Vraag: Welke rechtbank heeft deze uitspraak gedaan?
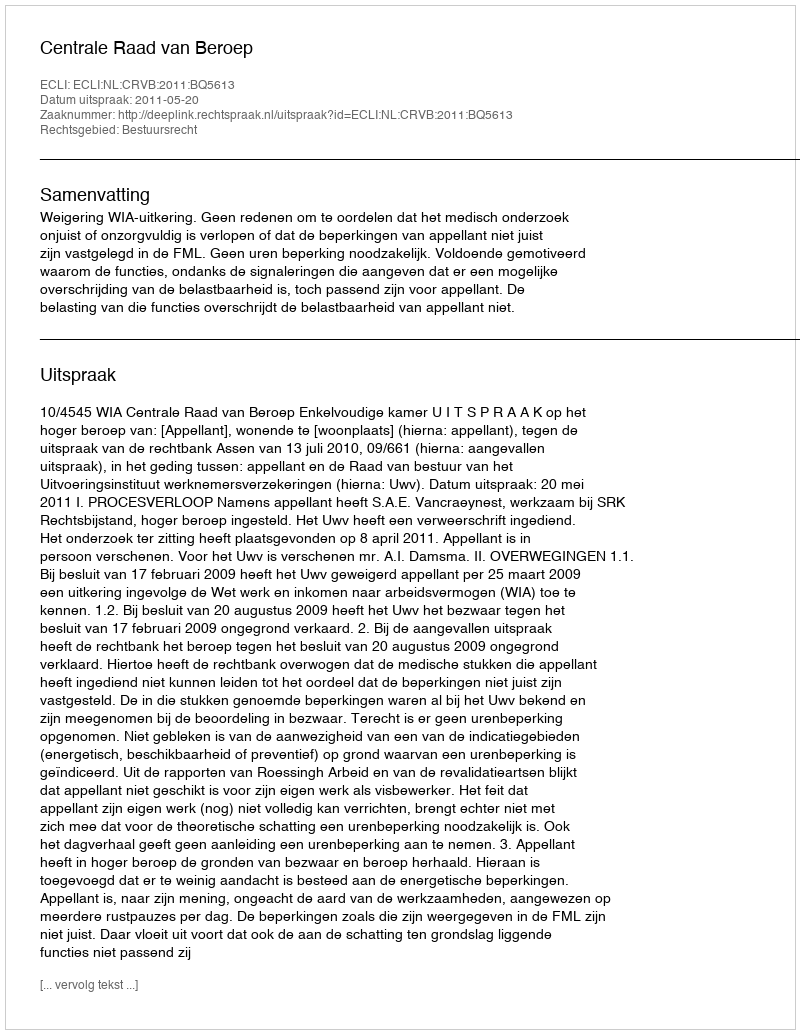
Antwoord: Centrale Raad van Beroep